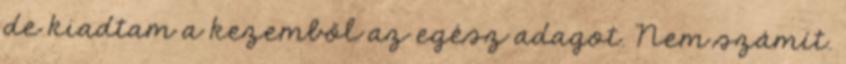
de kiadtam a kezemből az egész adagot. Nem számít.